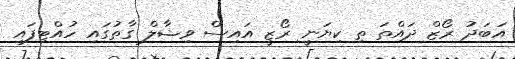
އަބަދު ރޯޒް ދައްތަ ތި ކިޔަނީ ރޯޒީ އައިސް ވިޝާލް ގާތުގައި ހުއްޓިފައި